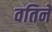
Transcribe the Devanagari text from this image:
वतिने